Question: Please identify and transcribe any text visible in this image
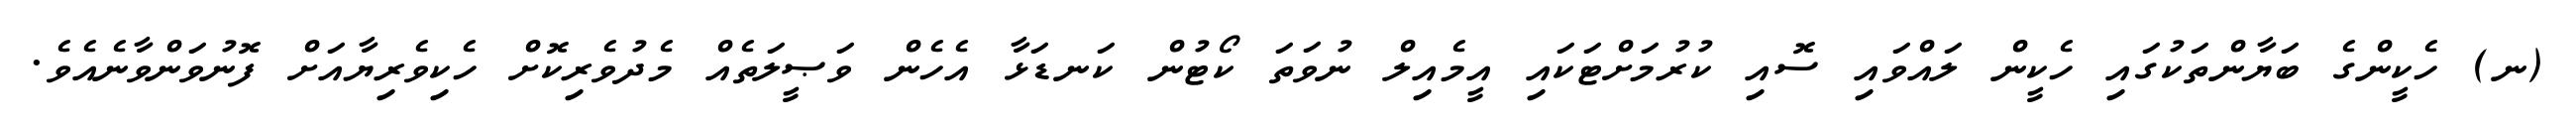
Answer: (ނ) ހެކީންގެ ބަޔާންތަކުގައި ހެކީން ލައްވައި ސޮއި ކުރުމަށްޓަކައި އީމެއިލް ނުވަތަ ކޯޓުން ކަނޑަޅާ އެހެން ވަޞީލަތެއް މެދުވެރިކޮށް ހެކިވެރިޔާއަށް ފޮނުވަންވާނެއެވެ.